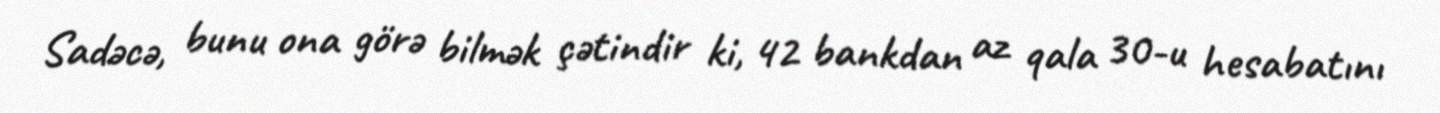
Sadəcə, bunu ona görə bilmək çətindir ki, 42 bankdan az qala 30-u hesabatını